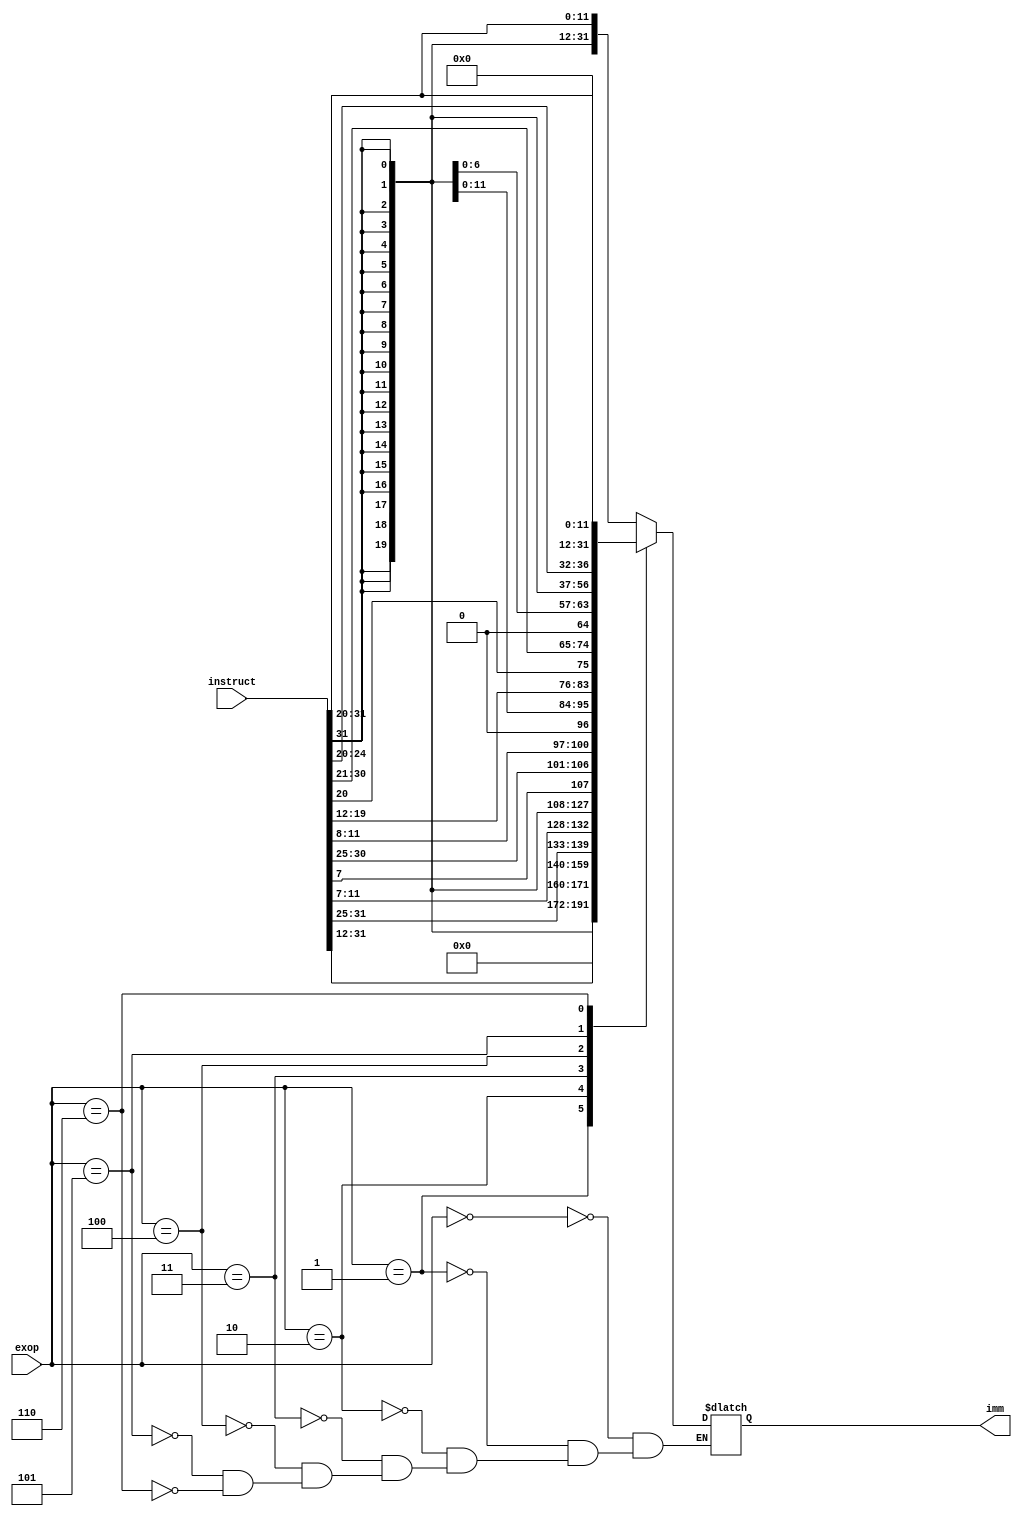
`timescale 1ns / 1ps
//////////////////////////////////////////////////////////////////////////////////
// Company: 
// Engineer: 
// 
// Design Name: 
// Module Name: IE
// Project Name: 
// Target Devices: 
// Tool Versions: 
// Description: 
// 
// Dependencies: 
// 
// Revision:
// Revision 0.01 - File Created
// Additional Comments:
// 
//////////////////////////////////////////////////////////////////////////////////


module IE(
    input  [31:0] instruct,
    input  [2:0] exop,
    output reg[31:0] imm
    );
    always @(*) begin
        case (exop)
            3'b000: begin // ori lw immI
            imm <= {{20{instruct[31]}} , instruct[31:20]};
            end
            3'b001: begin // lui immU 
                imm <= {instruct[31:12], 12'b0};
            end
            3'b010: begin // sw immS
                imm <= {{20{instruct[31]}}, instruct[31:25], instruct[11:7]};
            end
            3'b011: begin // beq immB
                imm <= {{20{instruct[31]}}, instruct[7], instruct[30:25], instruct[11:8], 1'b0};
            end
            3'b100: begin // jal immJ
                imm <= {{12{instruct[31]}}, instruct[19:12], instruct[20], instruct[30:21], 1'b0};
            end
            3'b101: begin // slli
                imm <= {{27{instruct[31]}}, instruct[24:20]};
            end
            3'b110: begin // 31:20
                imm <= {20'b0 , instruct[31:20]};
            end

        endcase
    end

endmodule